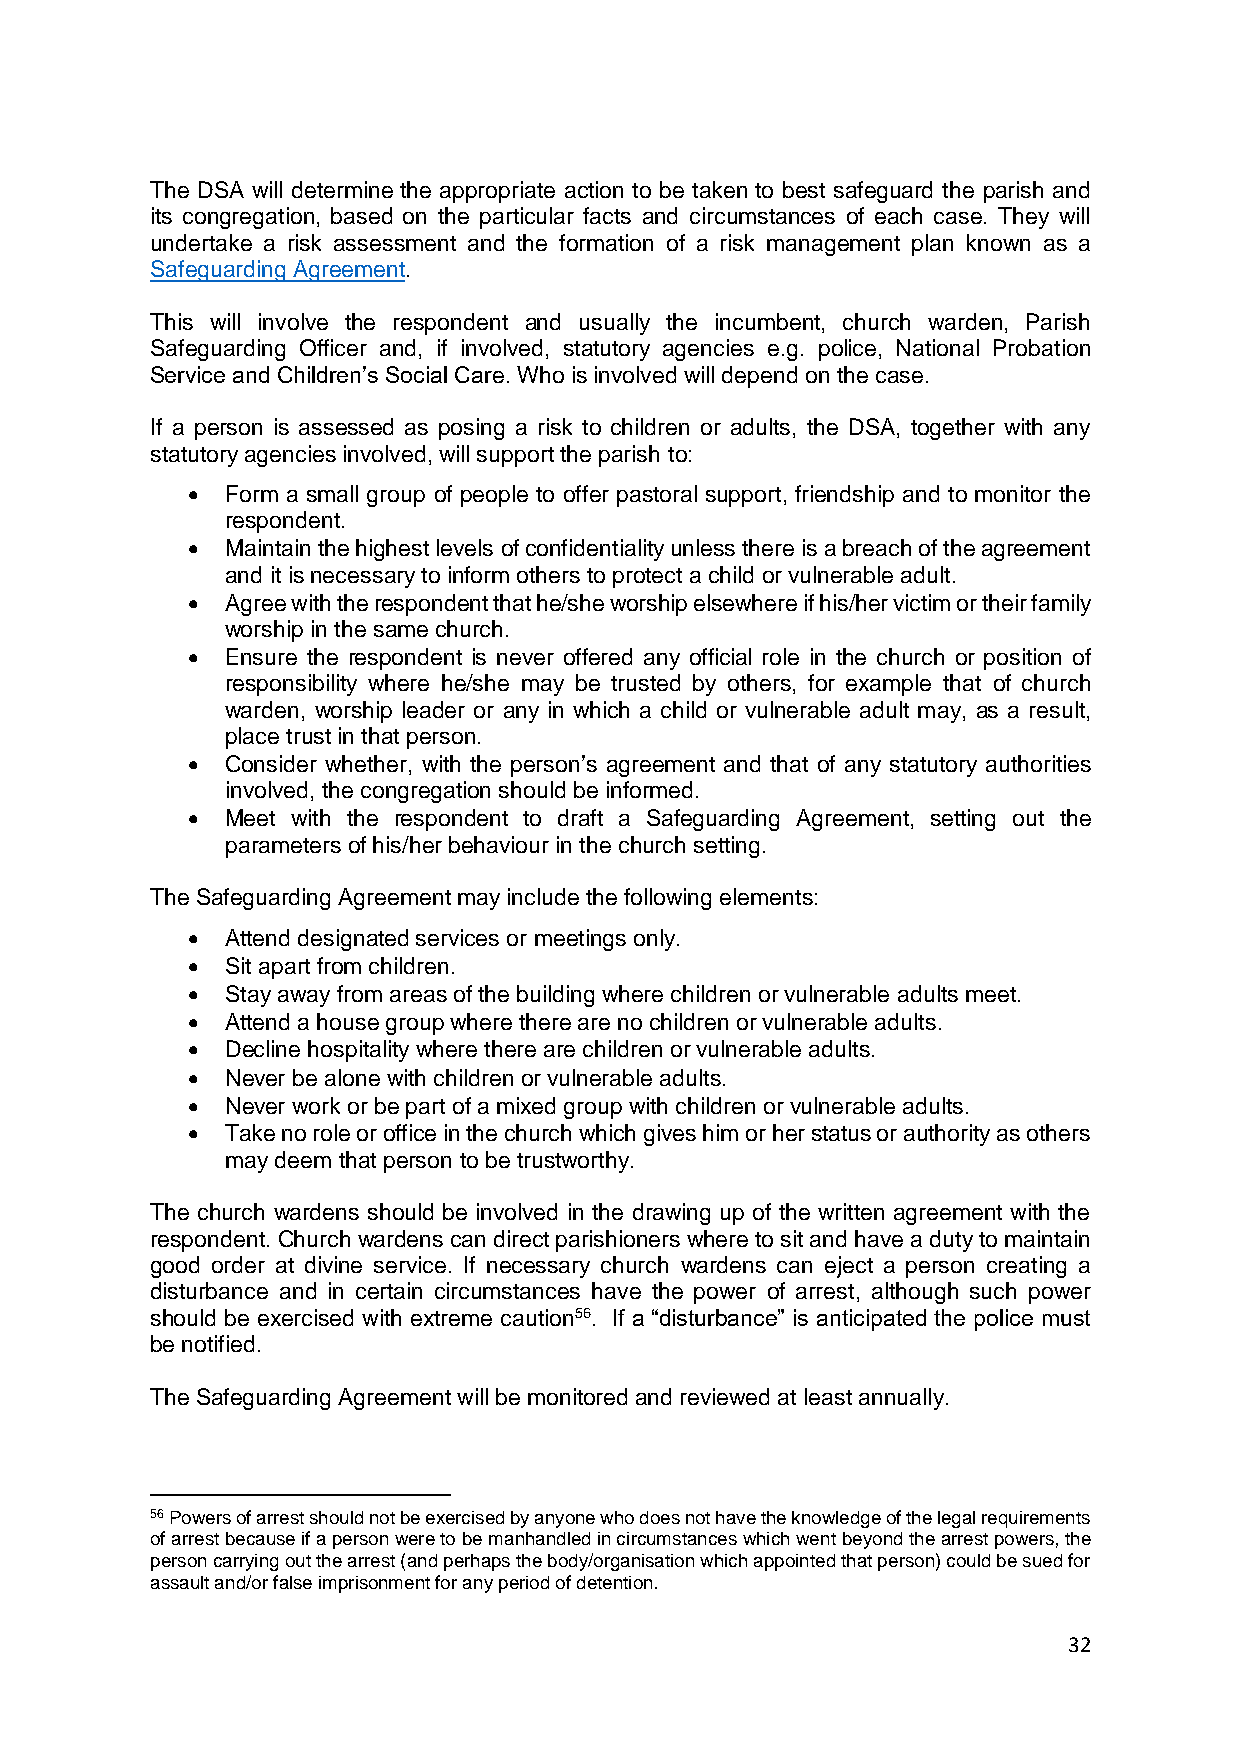
The DSA will determine the appropriate action to be taken to best safeguard the parish and
 its congregation, based on the particular facts and circumstances of each case. They will
 undertake a risk assessment and the formation of a risk management plan known as a
 Safeguarding Agreement.
 This will involve the respondent and usually the incumbent, church warden, Parish
 Safeguarding Officer and, if involved, statutory agencies e.g. police, National Probation
 Service and Children’s Social Care. Who is involved will depend on the case.
 If a person is assessed as posing a risk to children or adults, the DSA, together with any
 statutory agencies involved, will support the parish to:
 •  Form a small group of people to offer pastoral support, friendship and to monitor the
 respondent.
 •  Maintain the highest levels of confidentiality unless there is a breach of the agreement
 and it is necessary to inform others to protect a child or vulnerable adult.
 •  Agree with the respondent that he/she worship elsewhere if his/her victim or their family
 worship in the same church.
 •  Ensure the respondent is never offered any official role in the church or position of
 responsibility where he/she may be trusted by others, for example that of church
 warden, worship leader or any in which a child or vulnerable adult may, as a result,
 place trust in that person.
 •  Consider whether, with the person’s agreement and that of any statutory authorities
 involved, the congregation should be informed.
 •  Meet with the respondent to draft a Safeguarding Agreement, setting out the
 parameters of his/her behaviour in the church setting.
 The Safeguarding Agreement may include the following elements:
 •  Attend designated services or meetings only.
 •  Sit apart from children.
 •  Stay away from areas of the building where children or vulnerable adults meet.
 •  Attend a house group where there are no children or vulnerable adults.
 •  Decline hospitality where there are children or vulnerable adults.
 •  Never be alone with children or vulnerable adults.
 •  Never work or be part of a mixed group with children or vulnerable adults.
 •  Take no role or office in the church which gives him or her status or authority as others
 may deem that person to be trustworthy.
 The church wardens should be involved in the drawing up of the written agreement with the
 respondent. Church wardens can direct parishioners where to sit and have a duty to maintain
 good order at divine service. If necessary church wardens can eject a person creating a
 disturbance and in certain circumstances have the power of arrest, although such power
 should be exercised with extreme caution56. If a “disturbance” is anticipated the police must
 be notified.
 The Safeguarding Agreement will be monitored and reviewed at least annually.
 56 Powers of arrest should not be exercised by anyone who does not have the knowledge of the legal requirements
 of arrest because if a person were to be manhandled in circumstances which went beyond the arrest powers, the
 person carrying out the arrest (and perhaps the body/organisation which appointed that person) could be sued for
 assault and/or false imprisonment for any period of detention.
 32